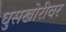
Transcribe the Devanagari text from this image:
घुसखोरीवर